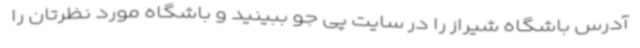
آدرس باشگاه شیراز را در سایت پی جو ببینید و باشگاه مورد نظرتان را